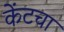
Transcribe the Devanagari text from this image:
केंटचा